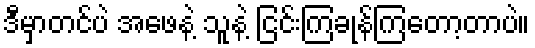
ဒီမှာတင်ပဲ အဖေနဲ့ သူနဲ့ ငြင်းကြခုန်ကြတော့တာပဲ။